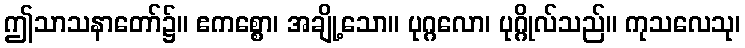
ဤသာသနာတော်၌။ ဧကစ္စော၊ အချို့သော။ ပုဂ္ဂလော၊ ပုဂ္ဂိုလ်သည်။ ကုသလေသု၊